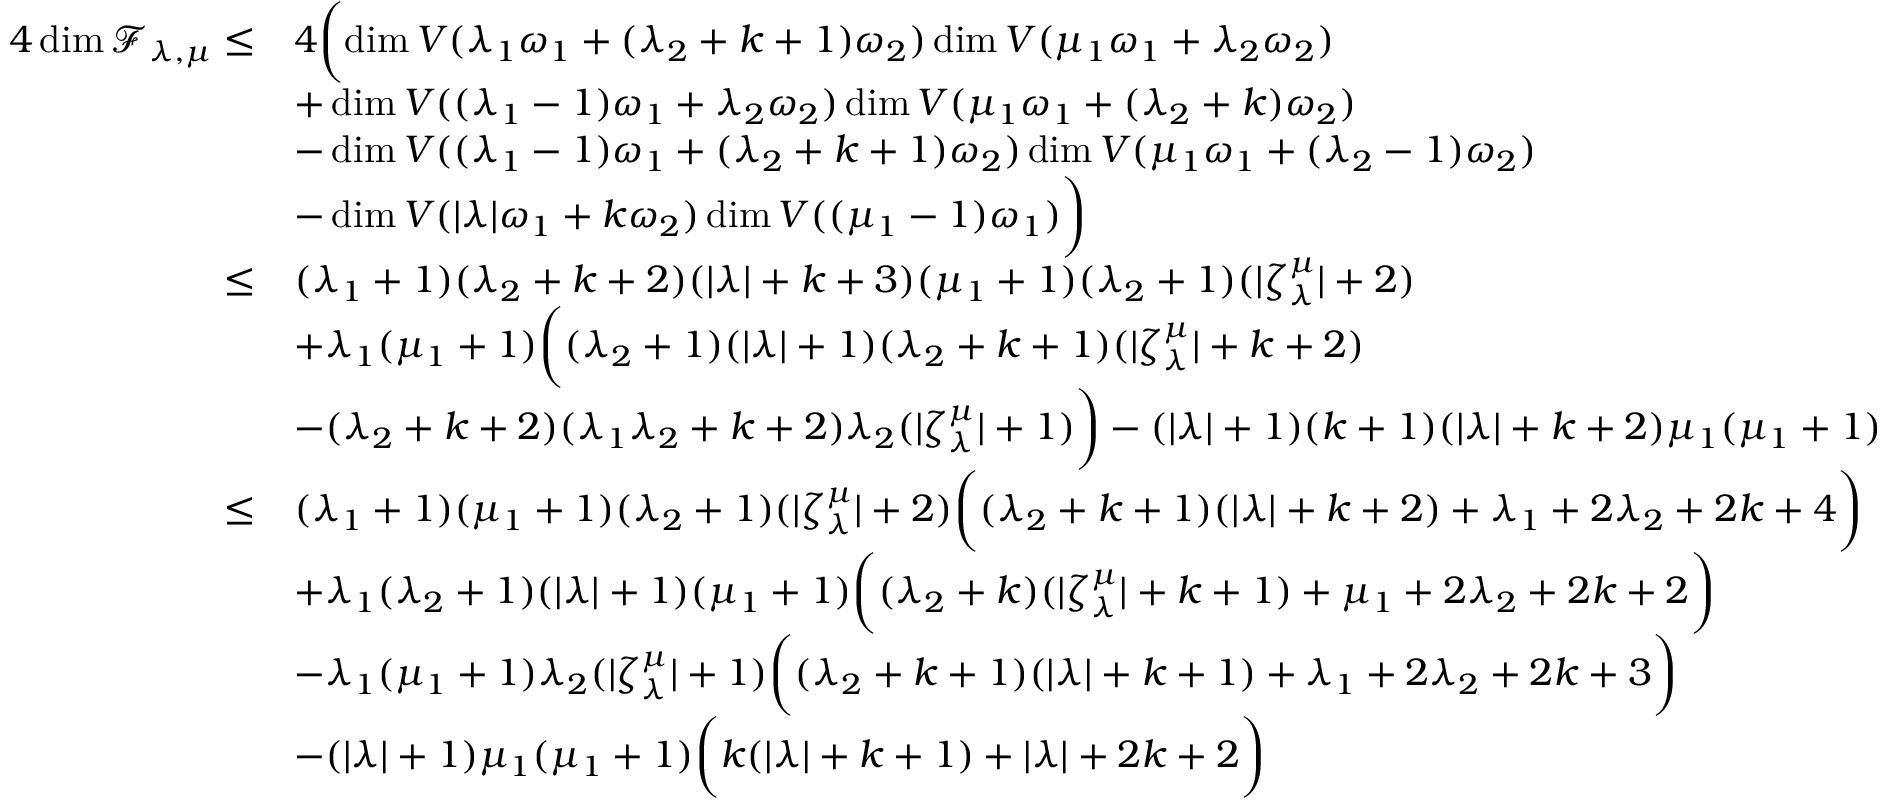
\begin{array} { r l } { 4 \dim \mathcal F _ { \lambda , \mu } \leq } & { 4 \biggl ( \dim V ( \lambda _ { 1 } \omega _ { 1 } + ( \lambda _ { 2 } + k + 1 ) \omega _ { 2 } ) \dim V ( \mu _ { 1 } \omega _ { 1 } + \lambda _ { 2 } \omega _ { 2 } ) } \\ & { + \dim V ( ( \lambda _ { 1 } - 1 ) \omega _ { 1 } + \lambda _ { 2 } \omega _ { 2 } ) \dim V ( \mu _ { 1 } \omega _ { 1 } + ( \lambda _ { 2 } + k ) \omega _ { 2 } ) } \\ & { - \dim V ( ( \lambda _ { 1 } - 1 ) \omega _ { 1 } + ( \lambda _ { 2 } + k + 1 ) \omega _ { 2 } ) \dim V ( \mu _ { 1 } \omega _ { 1 } + ( \lambda _ { 2 } - 1 ) \omega _ { 2 } ) } \\ & { - \dim V ( | \lambda | \omega _ { 1 } + k \omega _ { 2 } ) \dim V ( ( \mu _ { 1 } - 1 ) \omega _ { 1 } ) \biggr ) } \\ { \leq } & { ( \lambda _ { 1 } + 1 ) ( \lambda _ { 2 } + k + 2 ) ( | \lambda | + k + 3 ) ( \mu _ { 1 } + 1 ) ( \lambda _ { 2 } + 1 ) ( | \zeta _ { \lambda } ^ { \mu } | + 2 ) } \\ & { + \lambda _ { 1 } ( \mu _ { 1 } + 1 ) \biggl ( ( \lambda _ { 2 } + 1 ) ( | \lambda | + 1 ) ( \lambda _ { 2 } + k + 1 ) ( | \zeta _ { \lambda } ^ { \mu } | + k + 2 ) } \\ & { - ( \lambda _ { 2 } + k + 2 ) ( \lambda _ { 1 } \lambda _ { 2 } + k + 2 ) \lambda _ { 2 } ( | \zeta _ { \lambda } ^ { \mu } | + 1 ) \biggr ) - ( | \lambda | + 1 ) ( k + 1 ) ( | \lambda | + k + 2 ) \mu _ { 1 } ( \mu _ { 1 } + 1 ) } \\ { \leq } & { ( \lambda _ { 1 } + 1 ) ( \mu _ { 1 } + 1 ) ( \lambda _ { 2 } + 1 ) ( | \zeta _ { \lambda } ^ { \mu } | + 2 ) \biggl ( ( \lambda _ { 2 } + k + 1 ) ( | \lambda | + k + 2 ) + \lambda _ { 1 } + 2 \lambda _ { 2 } + 2 k + 4 \biggr ) } \\ & { + \lambda _ { 1 } ( \lambda _ { 2 } + 1 ) ( | \lambda | + 1 ) ( \mu _ { 1 } + 1 ) \biggl ( ( \lambda _ { 2 } + k ) ( | \zeta _ { \lambda } ^ { \mu } | + k + 1 ) + \mu _ { 1 } + 2 \lambda _ { 2 } + 2 k + 2 \biggr ) } \\ & { - \lambda _ { 1 } ( \mu _ { 1 } + 1 ) \lambda _ { 2 } ( | \zeta _ { \lambda } ^ { \mu } | + 1 ) \biggl ( ( \lambda _ { 2 } + k + 1 ) ( | \lambda | + k + 1 ) + \lambda _ { 1 } + 2 \lambda _ { 2 } + 2 k + 3 \biggr ) } \\ & { - ( | \lambda | + 1 ) \mu _ { 1 } ( \mu _ { 1 } + 1 ) \biggl ( k ( | \lambda | + k + 1 ) + | \lambda | + 2 k + 2 \biggr ) } \end{array}